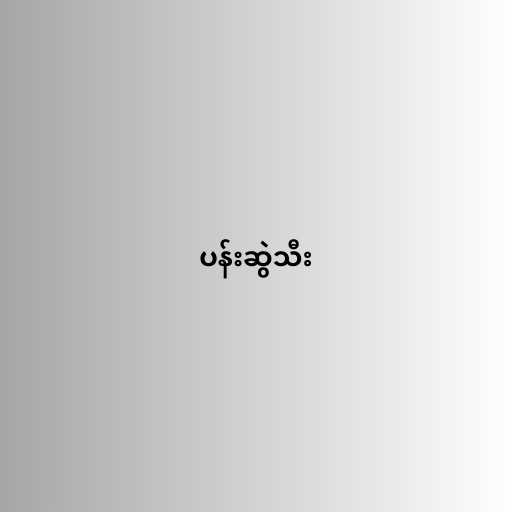
ပန်းဆွဲသီး